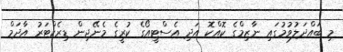
މި ބައްދަލުވުމުގައި ނާޒިމްގެ ކޮއްކޮ އަދި އެސްޓީއޯގެ ކުރީގެ މެނޭޖިން ޑިރެކްޓަރު އާދަމް